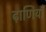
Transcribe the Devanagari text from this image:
ढ़ाणियाँ